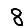
Digit: 8